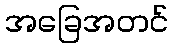
အခြေအတင်